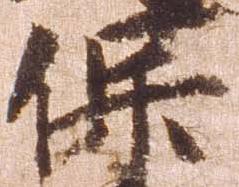
保